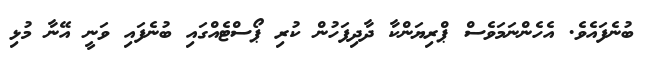
ބުނެފައެވެ. އެހެންނަމަވެސް ޕްރިޔަންކާ ދާދިފަހުން ކުރި ޕޯސްޓެއްގައި ބުނެފައި ވަނީ އޭނާ މުޅި